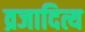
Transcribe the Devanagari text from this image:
व्रजादित्य